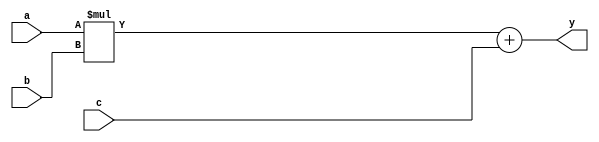
module DSP48_MACC (a, b, c, y);

input [17:0] a;
input [24:0] b;
input [47:0] c;
output [47:0] y;

assign y = a*b + c;

endmodule